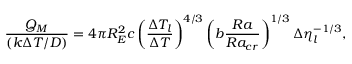
\frac { Q _ { M } } { \left( k \Delta T / D \right) } = 4 \pi R _ { E } ^ { 2 } c \left( \frac { \Delta T _ { l } } { \Delta T } \right) ^ { 4 / 3 } \left( b \frac { R a } { R a _ { c r } } \right) ^ { 1 / 3 } \Delta \eta _ { l } ^ { - 1 / 3 } ,